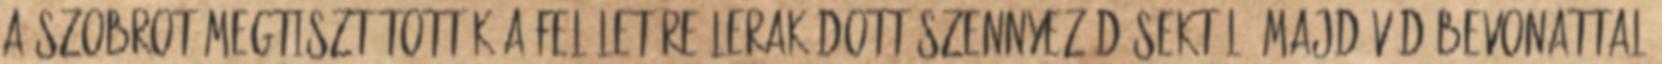
a szobrot megtisztították a felületére lerakódott szennyeződésektől, majd védőbevonattal